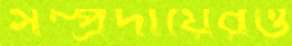
সম্প্রদায়েরও